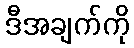
ဒီအချက်ကို